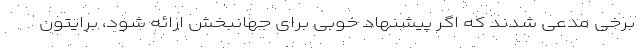
برخی مدعی شدند که اگر پیشنهاد خوبی برای جهانبخش ارائه شود،‌ برایتون